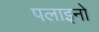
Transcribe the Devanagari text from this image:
पलाइनो